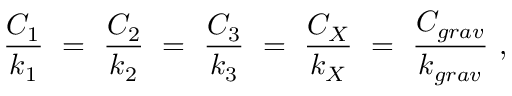
{ \frac { C _ { 1 } } { k _ { 1 } } } ~ = ~ { \frac { C _ { 2 } } { k _ { 2 } } } ~ = ~ { \frac { C _ { 3 } } { k _ { 3 } } } ~ = ~ { \frac { C _ { X } } { k _ { X } } } ~ = ~ { \frac { C _ { g r a v } } { k _ { g r a v } } } ~ ,